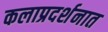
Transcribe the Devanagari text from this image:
कलाप्रदर्शनात